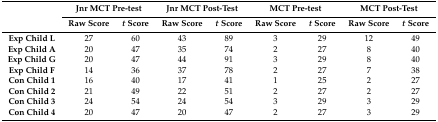
| <ROWSPAN=2>  | <COLSPAN=2> Jnr MCT Pre-test | <COLSPAN=2> Jnr MCT Post-Test | <COLSPAN=2> MCT Pre-test | <COLSPAN=2> MCT Post-Test |
 | Raw Score | t Score | Raw Score | t Score | Raw Score | t Score | Raw Score | t Score |
 | --- | --- | --- | --- | --- | --- | --- | --- | --- |
 | Exp Child L | 27 | 60 | 43 | 89 | 3 | 29 | 12 | 49 |
 | Exp Child A | 20 | 47 | 35 | 74 | 2 | 27 | 8 | 40 |
 | Exp Child G | 20 | 47 | 44 | 91 | 3 | 29 | 8 | 40 |
 | Exp Child F | 14 | 36 | 37 | 78 | 2 | 27 | 7 | 38 |
 | Con Child 1 | 16 | 40 | 17 | 41 | 1 | 25 | 2 | 27 |
 | Con Child 2 | 21 | 49 | 22 | 51 | 2 | 27 | 2 | 27 |
 | Con Child 3 | 24 | 54 | 24 | 54 | 3 | 29 | 3 | 29 |
 | Con Child 4 | 20 | 47 | 20 | 47 | 2 | 27 | 3 | 29 |